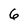
Character: 6